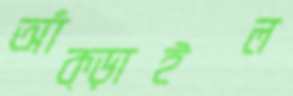
আঁক্‌ড়াইল